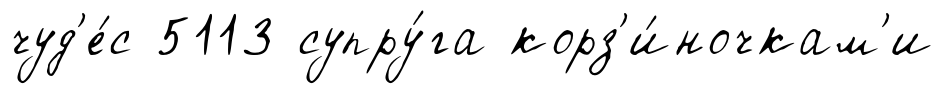
чуд'е́с 5113 супру́га корз'и́ночкам'и